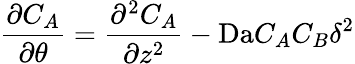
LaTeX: \frac{\partial C_{A}}{\partial\theta}=\frac{\partial^{2}C_{A}}{\partial z^{2}}-\mathrm{Da}C_{A}C_{B}\delta^{2}